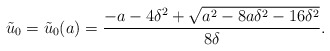
\begin{align*} \tilde{u}_0=\tilde{u}_0(a)=\frac{-a-4\delta^2+\sqrt{a^2-8a\delta^2-16\delta^2}}{8\delta}.\end{align*}